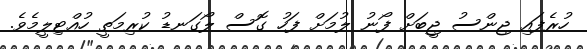
ހުރެފައި ޖިންސު ޖީބަށް ފޯނު ލުމަށް ފަހު ގޮސް ލޯގަނޑު ކުރިމަތީ ހުއްޓިލީމެވެ.